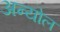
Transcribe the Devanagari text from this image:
अन्योल